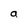
Character: a